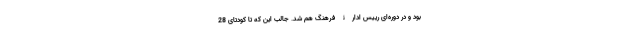
بود و در دوره‌ای رییس ادارۀ فرهنگ هم شد. جالب این که تا کودتای 28